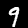
Digit: 9